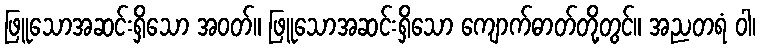
ဖြူသောအဆင်းရှိသော အဝတ်။ ဖြူသောအဆင်းရှိသော ကျောက်ဓာတ်တို့တွင်။ အညတရံ ဝါ၊